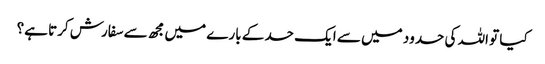
کیا تو اللہ کی حدود میں سے ایک حد کے بارے میں مجھ سے سفارش کرتا ہے؟